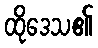
ထိုဒေသ၏